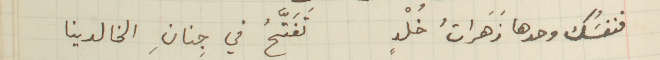
فنفسَُك وحدها زَهَراتُ خُلْدٍ تَفَتَّحُ في جِنانِ الخالدينا